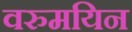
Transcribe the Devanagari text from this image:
वरुमयिन